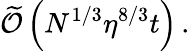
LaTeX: \widetilde{\cal O}\left(N^{1/3}\eta^{8/3}t\right)\, .